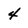
Character: 4